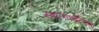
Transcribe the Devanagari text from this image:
स्मालकाल्डिक